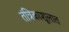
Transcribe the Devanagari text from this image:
तंत्रिकाशूलात